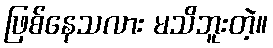
ဖြစ်နေသလား မသိဘူးတဲ့။